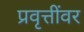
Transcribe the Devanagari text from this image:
प्रवृत्तींवर